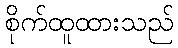
စိုက်ထူထားသည်